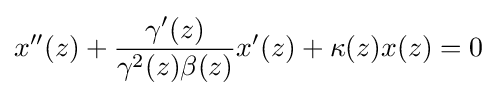
x^{\prime \prime }(z)+{\frac {\gamma ^{\prime }(z)}{\gamma ^{2}(z)\beta (z)}}x^{\prime }(z)+\kappa (z)x(z)=0